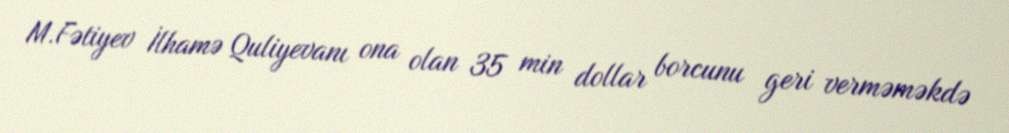
M.Fətiyev İlhamə Quliyevanı ona olan 35 min dollar borcunu geri verməməkdə